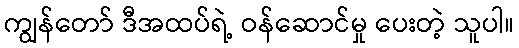
ကျွန်တော် ဒီအထပ်ရဲ့ ဝန်ဆောင်မှု ပေးတဲ့ သူပါ။